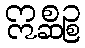
ဣစ္ဆဉ္စ